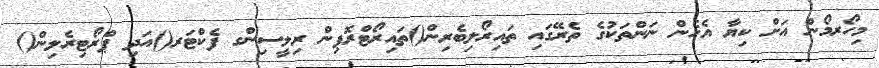
މިހޯރމޯން އަށް ކިޔާ އެހެން ނަންތަކުގެ ތެރޭގައި ތައިރޯލިބެރިން()ތައިރޯޓްރޮޕިން ރިލީސިންގ ފެކްޓަރ()އަދި ޕްރޯޓިރެލިން()